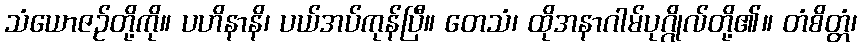
သံယောဇဉ်တို့ကို။ ပဟိနာနိ၊ ပယ်အပ်ကုန်ပြီ။ တေသံ၊ ထိုအနာဂါမ်ပုဂ္ဂိုလ်တို့၏။ တံစိတ္တံ၊